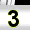
Digit: 3